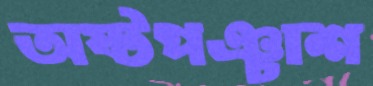
অষ্টপঞ্চাশ